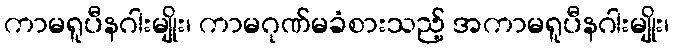
ကာမရူပီနဂါးမျိုး၊ ကာမဂုဏ်မခံစားသည့် အကာမရူပီနဂါးမျိုး၊